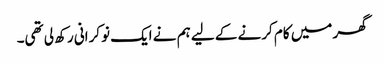
گھر میں کام کرنے کے لیے ہم نے ایک نوکرانی رکھ لی تھی۔